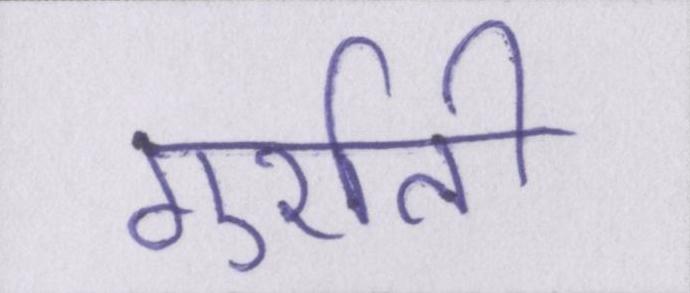
गुर्राती